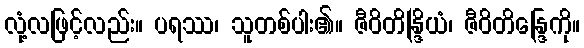
လုံ့လဖြင့်လည်း။ ပရဿ၊ သူတစ်ပါး၏။ ဇီဝိတိန္ဒြိယံ၊ ဇီဝိတိန္ဒြေကို။